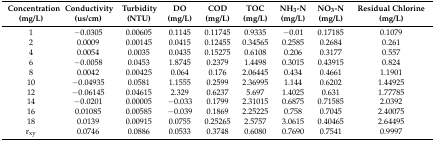
| Concentration | Conductivity | Turbidity | DO | COD | TOC | NH3-N | NO3-N | Residual Chlorine |
 | (mg/L) | (us/cm) | (NTU) | (mg/L) | (mg/L) | (mg/L) | (mg/L) | (mg/L) | (mg/L) |
 | --- | --- | --- | --- | --- | --- | --- | --- | --- |
 | 1 | −0.0305 | 0.00605 | 0.1145 | 0.11745 | 0.9335 | −0.01 | 0.17185 | 0.1079 |
 | 2 | 0.0009 | 0.00145 | 0.0415 | 0.12455 | 0.34565 | 0.2585 | 0.2684 | 0.261 |
 | 4 | 0.0054 | 0.0035 | 0.0435 | 0.15275 | 0.6108 | 0.206 | 0.3177 | 0.557 |
 | 6 | −0.0058 | 0.0453 | 1.8745 | 0.2379 | 1.4498 | 0.3015 | 0.43915 | 0.824 |
 | 8 | 0.0042 | 0.00425 | 0.064 | 0.176 | 2.06445 | 0.434 | 0.4661 | 1.1901 |
 | 10 | −0.04935 | 0.0581 | 1.1555 | 0.2599 | 2.36995 | 1.144 | 0.6202 | 1.44925 |
 | 12 | −0.06145 | 0.04615 | 2.329 | 0.6237 | 5.697 | 1.4025 | 0.631 | 1.77785 |
 | 14 | −0.0201 | 0.00005 | −0.033 | 0.1799 | 2.31015 | 0.6875 | 0.71585 | 2.0392 |
 | 16 | 0.01085 | 0.00585 | −0.039 | 0.1869 | 2.25225 | 0.758 | 0.7045 | 2.40075 |
 | 18 | 0.0139 | 0.00915 | 0.0755 | 0.25265 | 2.5757 | 3.0615 | 0.40465 | 2.64495 |
 | rxy | 0.0746 | 0.0886 | 0.0533 | 0.3748 | 0.6080 | 0.7690 | 0.7541 | 0.9997 |